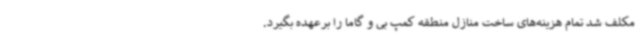
مکلف شد تمام هزینه‌های ساخت منازل منطقه کمپ بی و گاما را برعهده بگیرد.